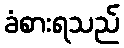
ခံစားရသည်